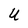
Character: U